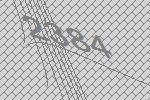
2384